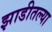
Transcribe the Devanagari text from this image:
झाडीतल्या